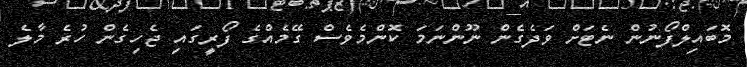
މޮބައިލްފޯނުން ނެޓަށް ވަދެގެން ނޫންނަމަ ކޮންމެވެސް ގޭމެއްގެ ފޯރީގައި ޖެހިގެން ހުރެ މާލެ